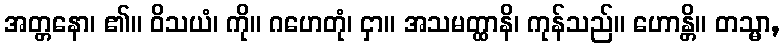
အတ္တနော၊ ၏။ ဝိသယံ၊ ကို။ ဂဟေတုံ၊ ငှာ။ အသမတ္ထာနိ၊ ကုန်သည်။ ဟောန္တိ။ တသ္မာ,